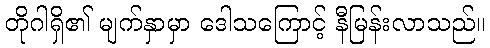
တိုဂါရှိ၏ မျက်နှာမှာ ဒေါသကြောင့် နီမြန်းလာသည်။